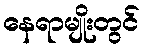
နေရာမျိုးတွင်